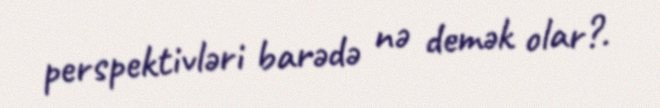
perspektivləri barədə nə demək olar?.